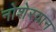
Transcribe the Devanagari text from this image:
नोशेरवान